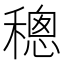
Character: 𥡥